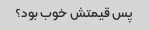
پس قیمتش خوب بود؟